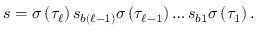
s = \sigma \left( \tau _ { \ell } \right) s _ { b \left( \ell - 1 \right) } \sigma \left( \tau _ { \ell - 1 } \right) \ldots s _ { b 1 } \sigma \left( \tau _ { 1 } \right) .